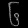
Digit: ၆